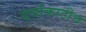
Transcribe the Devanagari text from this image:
दर्याकाठीच